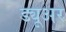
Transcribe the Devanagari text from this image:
ड्यूअर